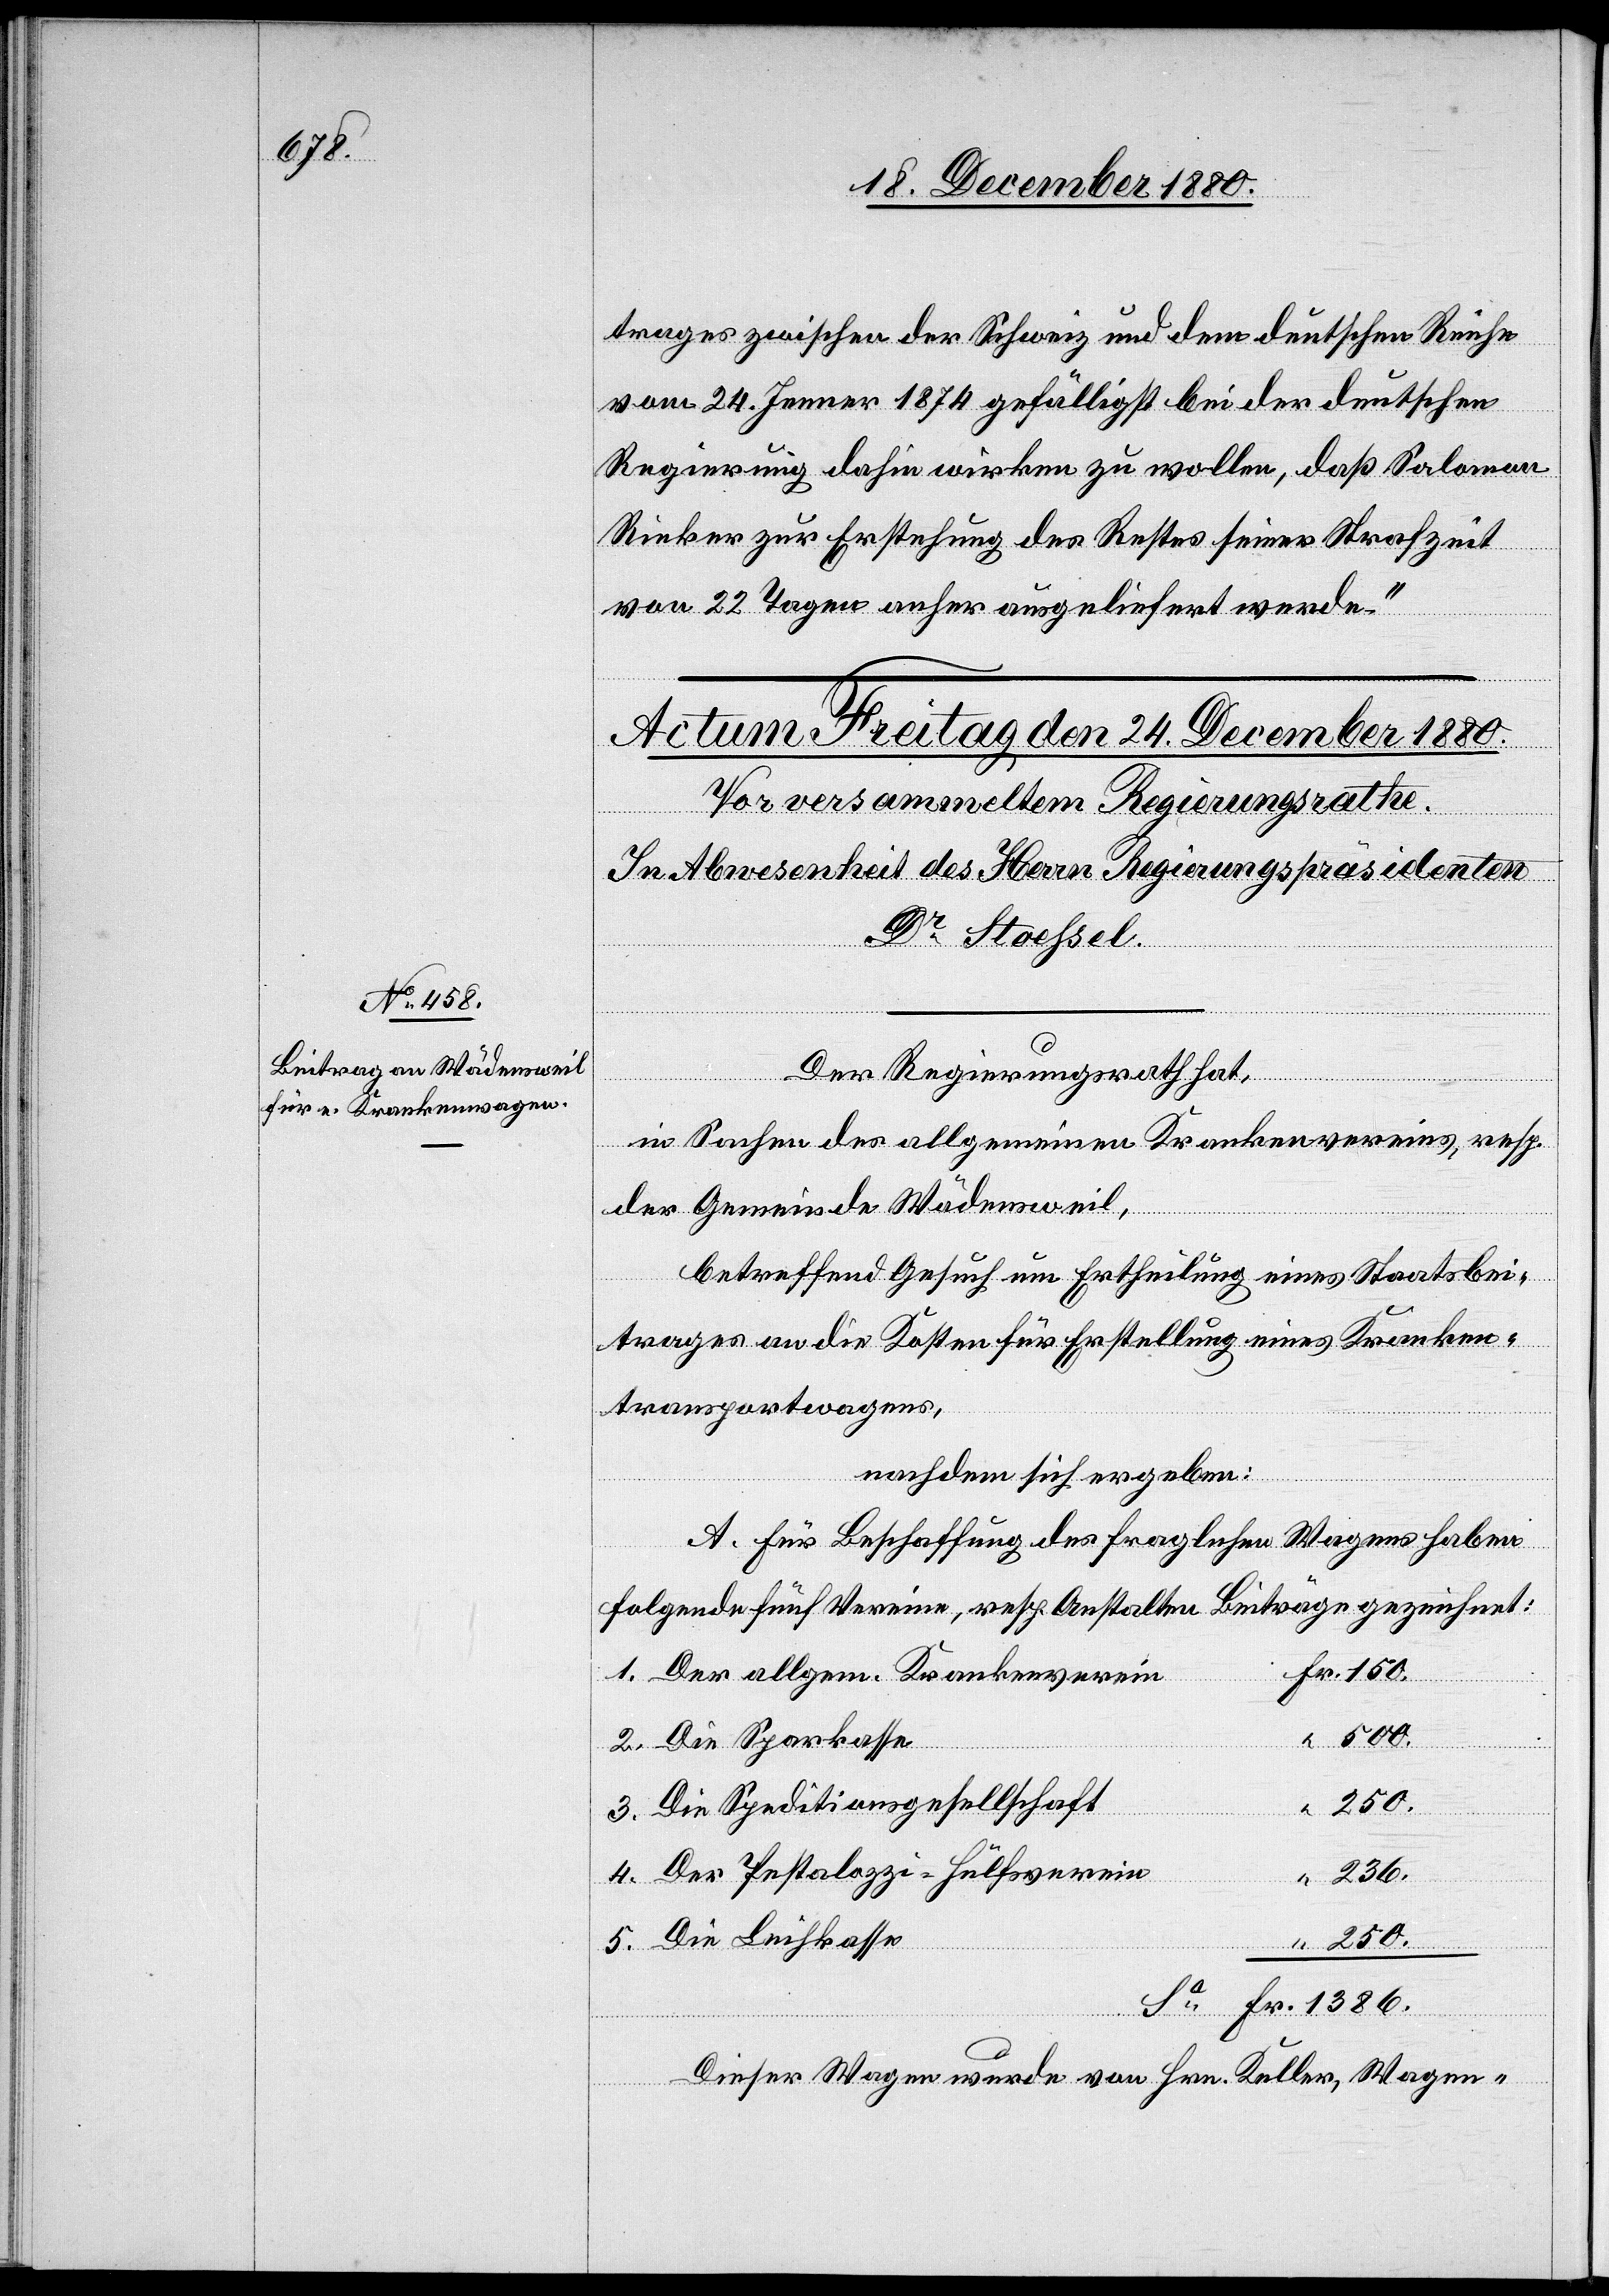
1386.

trages zwischen der Schweiz und dem deutschen Reiche
vom 24. Jenner 1874 gefälligst bei der deutschen
Regierung dahin wirken zu wollen, daß Salomon
Rieker zur Erstehung des Restes seiner Strafzeit
von 22 Tagen anher ausgeliefert werde.“
Der Regierungsrath hat,
in Sachen des allgemeinen Krankenvereins, resp.
der Gemeinde Wädensweil,
betreffend Gesuch um Ertheilung eines Staatsbei¬
trages an die Kosten für Erstellung eines Kranken¬
transportwagens,
nachdem sich ergeben:
A. Für Beschaffung des fraglichen Wagens haben
folgende fünf Vereine, resp. Anstalten Beiträge gezeichnet:
1. Der allgem. Krankenverein
Fr.
500.
2. Die Sparkasse
3. Die Speditionsgesellschaft
250.
4. Der Pestalozzi-Hülfsverein
236.
5. Die Leihkasse
Dieser Wagen wurde von Hrn. Keller, Wagen-